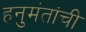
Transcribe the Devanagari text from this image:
हनुमंतांची